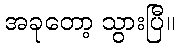
အခုတော့ သွားပြီ။